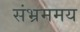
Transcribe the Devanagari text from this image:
संभ्रममय